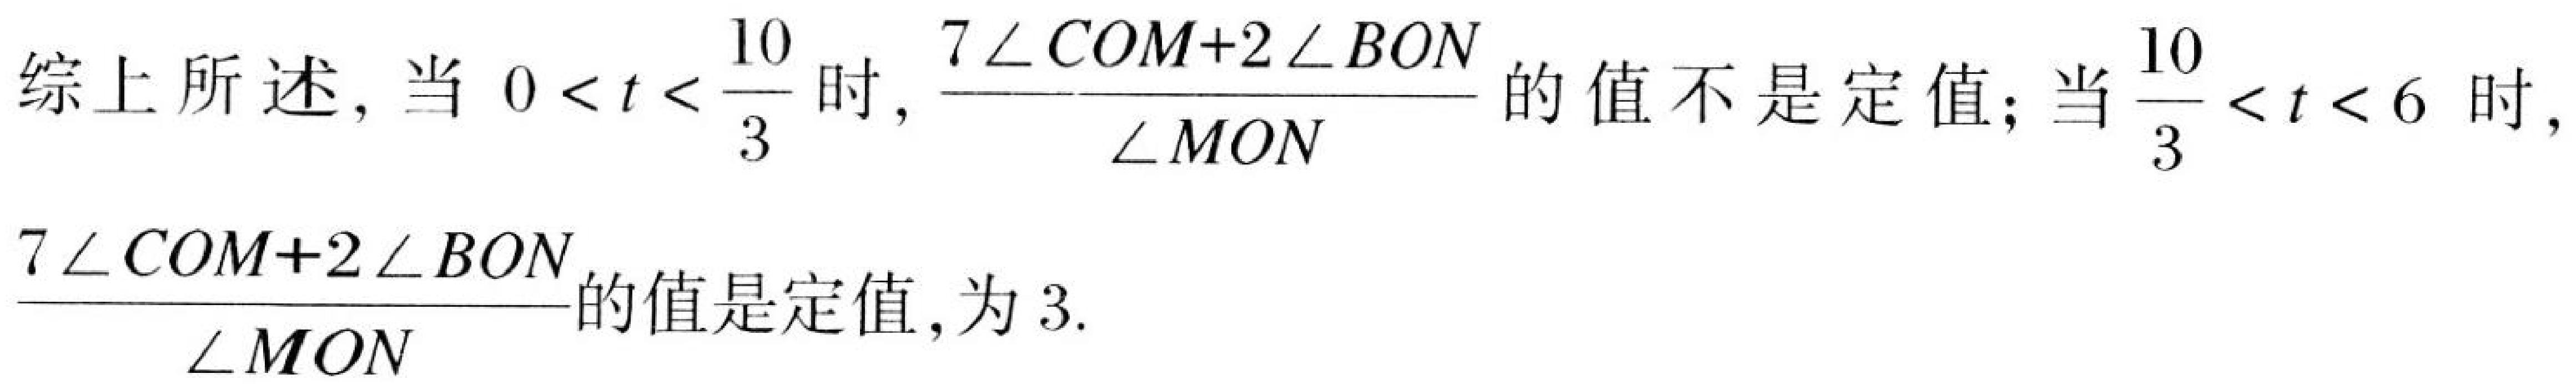
综上所述，当 \(0 < t < \dfrac{10}{3}\) 时，\(\dfrac{7\angle COM + 2\angle BON}{\angle MON}\) 的值不是定值；当 \(\dfrac{10}{3} < t < 6\) 时，\(\dfrac{7\angle COM + 2\angle BON}{\angle MON}\) 的值是定值，为 \(3\).